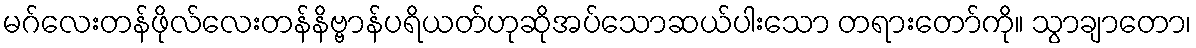
မဂ်လေးတန်ဖိုလ်လေးတန်နိဗ္ဗာန်ပရိယတ်ဟုဆိုအပ်သောဆယ်ပါးသော တရားတော်ကို။ သွာချာတော၊